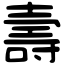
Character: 壽